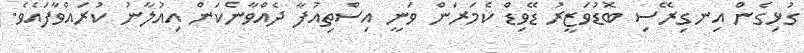
ގުޅިގެން އިނގިރޭސި ބޮޑުވަޒީރު ޑޭވިޑް ކެމަރަން ވަނީ އިސްތިއުފާ ދެއްވާނެކަން އިއުލާނު ކުރައްވާފައެވެ.